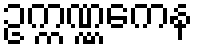
ဥက္ကဏ္ဏကေန